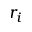
r _ { i }